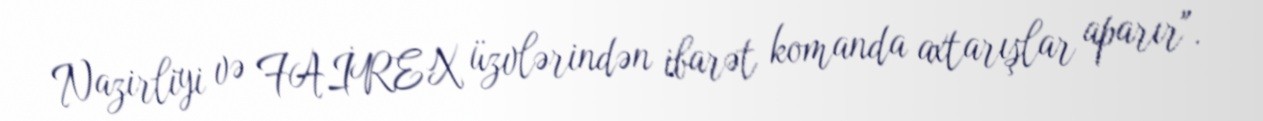
Nazirliyi və FAİREX üzvlərindən ibarət komanda axtarışlar aparır".